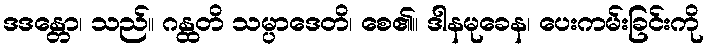
ဒဒန္တော၊ သည်။ ဂန္ထတိ သမ္ပာဒေတိ၊ စေ၏။ ဒါနမုခေန၊ ပေးကမ်းခြင်းကို